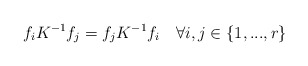
\begin{align*}f_{i}K^{-1}f_{j}=f_{j}K^{-1}f_{i}\quad \forall i,j\in \left\{1,...,r\right\}\end{align*}